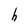
Character: h